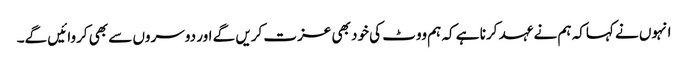
انہوں نے کہاکہ ہم نے عہد کرنا ہے کہ ہم ووٹ کی خود بھی عزت کریں گے اور دوسروں سے بھی کروائیں گے۔